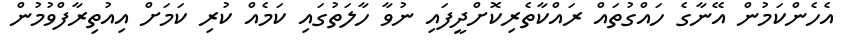
އެހެންކަމުން އޭނާގެ ހައްގުތައް ރައްކާތެރިކޮށްދީފައި ނުވާ ހާލަތުގައި ކަމެއް ކުރި ކަމަށް އިއުތިރާފްވުމުން